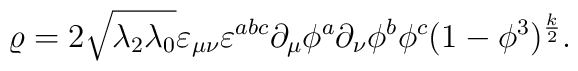
\varrho = 2\sqrt{\lambda_2\lambda_0}\varepsilon_{\mu \nu} \varepsilon^{abc} \partial_{\mu} \phi^a\partial_{\nu} \phi^b \phi^c(1-\phi^3)^{\frac{k}{2}} .